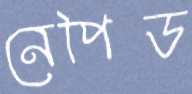
নেপিড